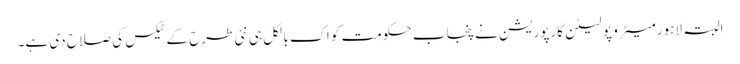
البتہ لاہور میٹرو پو لیٹن کارپوریشن نے پنجاب حکومت کو اک بالکل ہی نئی طرح کے ٹیکس کی صلاح دی ہے۔